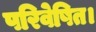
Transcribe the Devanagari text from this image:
परिवेषित।